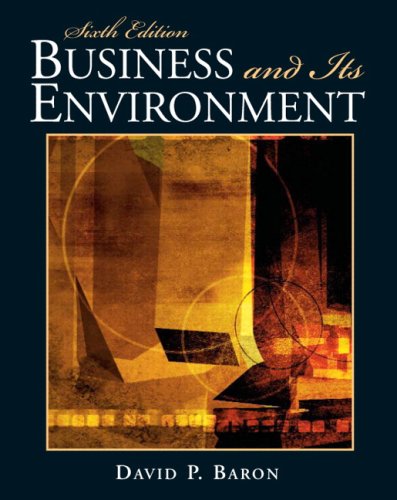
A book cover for Business and Its Environment (6th Edition); David P. Baron; Business & Money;